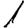
Digit: 1